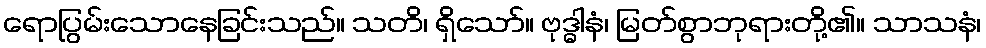
ရောပြွမ်းသောနေခြင်းသည်။ သတိ၊ ရှိသော်။ ဗုဒ္ဓါနံ၊ မြတ်စွာဘုရားတို့၏။ သာသနံ၊